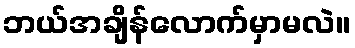
ဘယ်အချိန်လောက်မှာမလဲ။